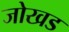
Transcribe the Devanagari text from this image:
जोखड